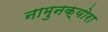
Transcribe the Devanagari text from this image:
नामुनक्योरा